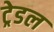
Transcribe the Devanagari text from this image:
ट्रेडल